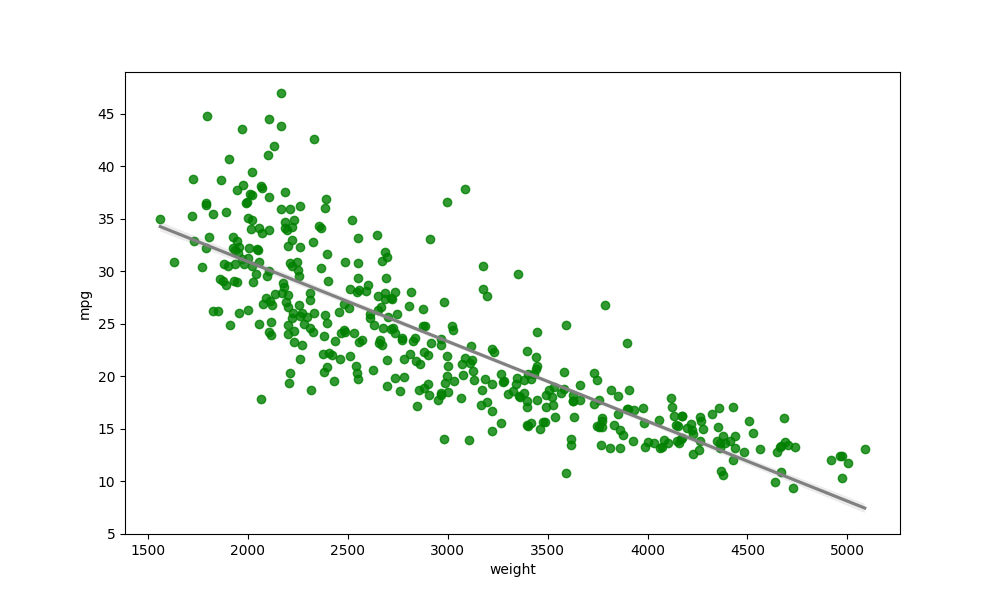
python, seaborn, regplot, order=1, ci=68, scatter_color=green, line_color=gray